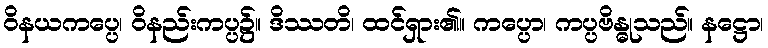
ဝိနယကပ္ပေ၊ ဝိနည်းကပ္ပ၌။ ဒိဿတိ၊ ထင်ရှား၏။ ကပ္ပော၊ ကပ္ပဗိန္ဓုသည်။ နဋ္ဌော၊